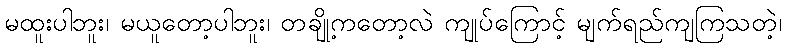
မထူးပါဘူး၊ မယူတော့ပါဘူး၊ တချို့ကတော့လဲ ကျုပ်ကြောင့် မျက်ရည်ကျကြသတဲ့၊